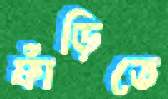
ফাঁড়িতে